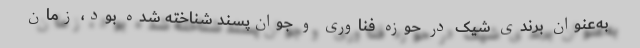
به‌عنوان برندی شیک در حوزه فناوری و جوان‌پسند شناخته شده بود، زمان